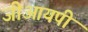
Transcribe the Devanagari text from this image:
जीआयपी